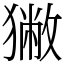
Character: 獙